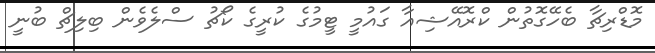
މޮޑްރިޗާ ބެހޭގޮތުން ކްރޮއޭޝިއާ ގައުމީ ޓީމުގެ ކުރީގެ ކޯޗު ސްލެވެން ބިލިޗް ބުނީ